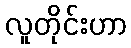
လူတိုင်းဟာ